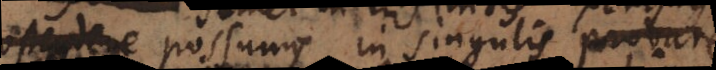
possumus in singulis probare